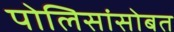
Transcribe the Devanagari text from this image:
पोलिसांसोबत